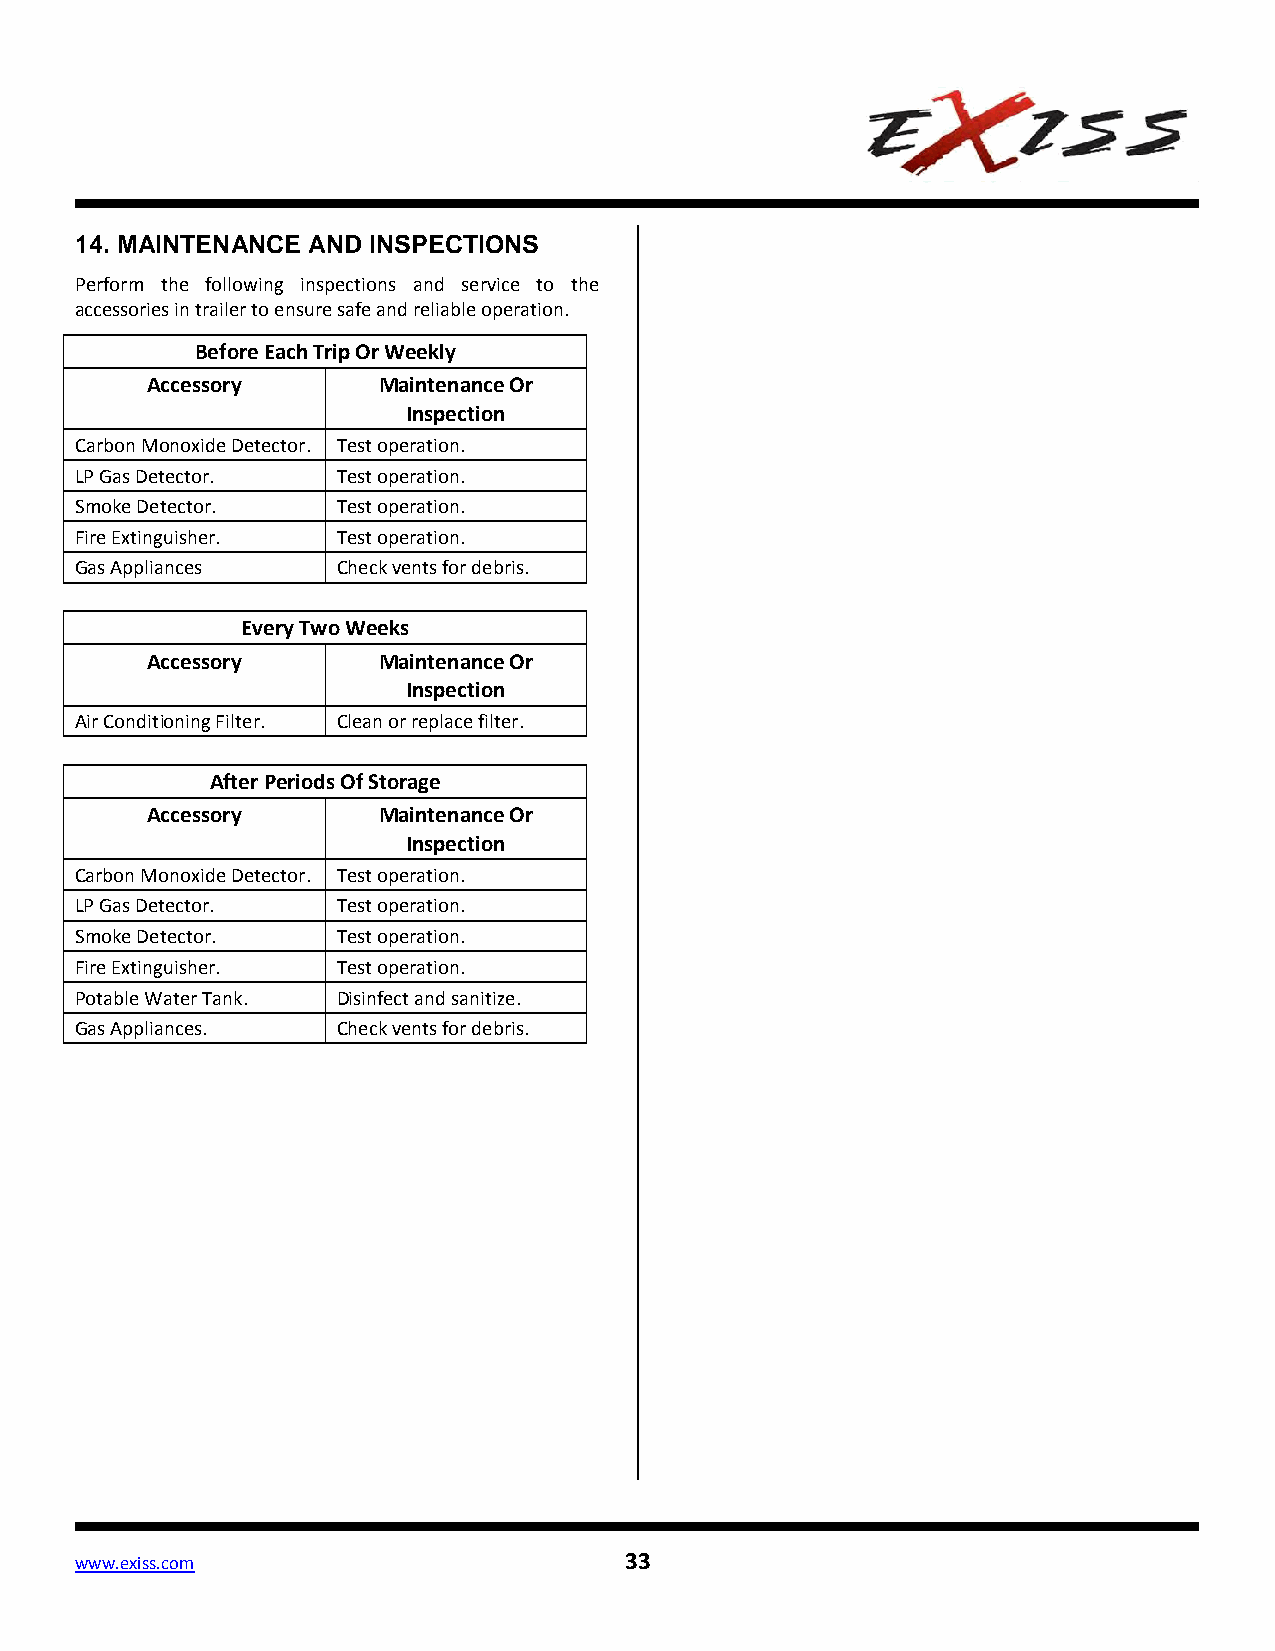
14. MAINTENANCE AND INSPECTIONS
 Perform the following inspections and service to the
 accessories in trailer to ensure safe and reliable operation.
 Before Each Trip Or Weekly
 Accessory      Maintenance Or
 Inspection
 Carbon Monoxide Detector. Test operation.
 LP Gas Detector. Test operation.
 Smoke Detector.  Test operation.
 Fire Extinguisher. Test operation.
 Gas Appliances   Check vents for debris.
 Every Two Weeks
 Accessory      Maintenance Or
 Inspection
 Air Conditioning Filter. Clean or replace filter.
 After Periods Of Storage
 Accessory      Maintenance Or
 Inspection
 Carbon Monoxide Detector. Test operation.
 LP Gas Detector. Test operation.
 Smoke Detector.  Test operation.
 Fire Extinguisher. Test operation.
 Potable Water Tank. Disinfect and sanitize.
 Gas Appliances.  Check vents for debris.
 www.exiss.com                       33